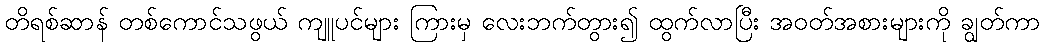
တိရစ်ဆာန် တစ်ကောင်သဖွယ် ကျူပင်များ ကြားမှ လေးဘက်တွား၍ ထွက်လာပြီး အဝတ်အစားများကို ချွတ်ကာ